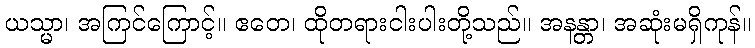
ယသ္မာ၊ အကြင်ကြောင့်။ ဧတေ၊ ထိုတရားငါးပါးတို့သည်။ အနန္တာ၊ အဆုံးမရှိကုန်။